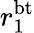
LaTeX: r_{1}^{\mathrm{bt}}